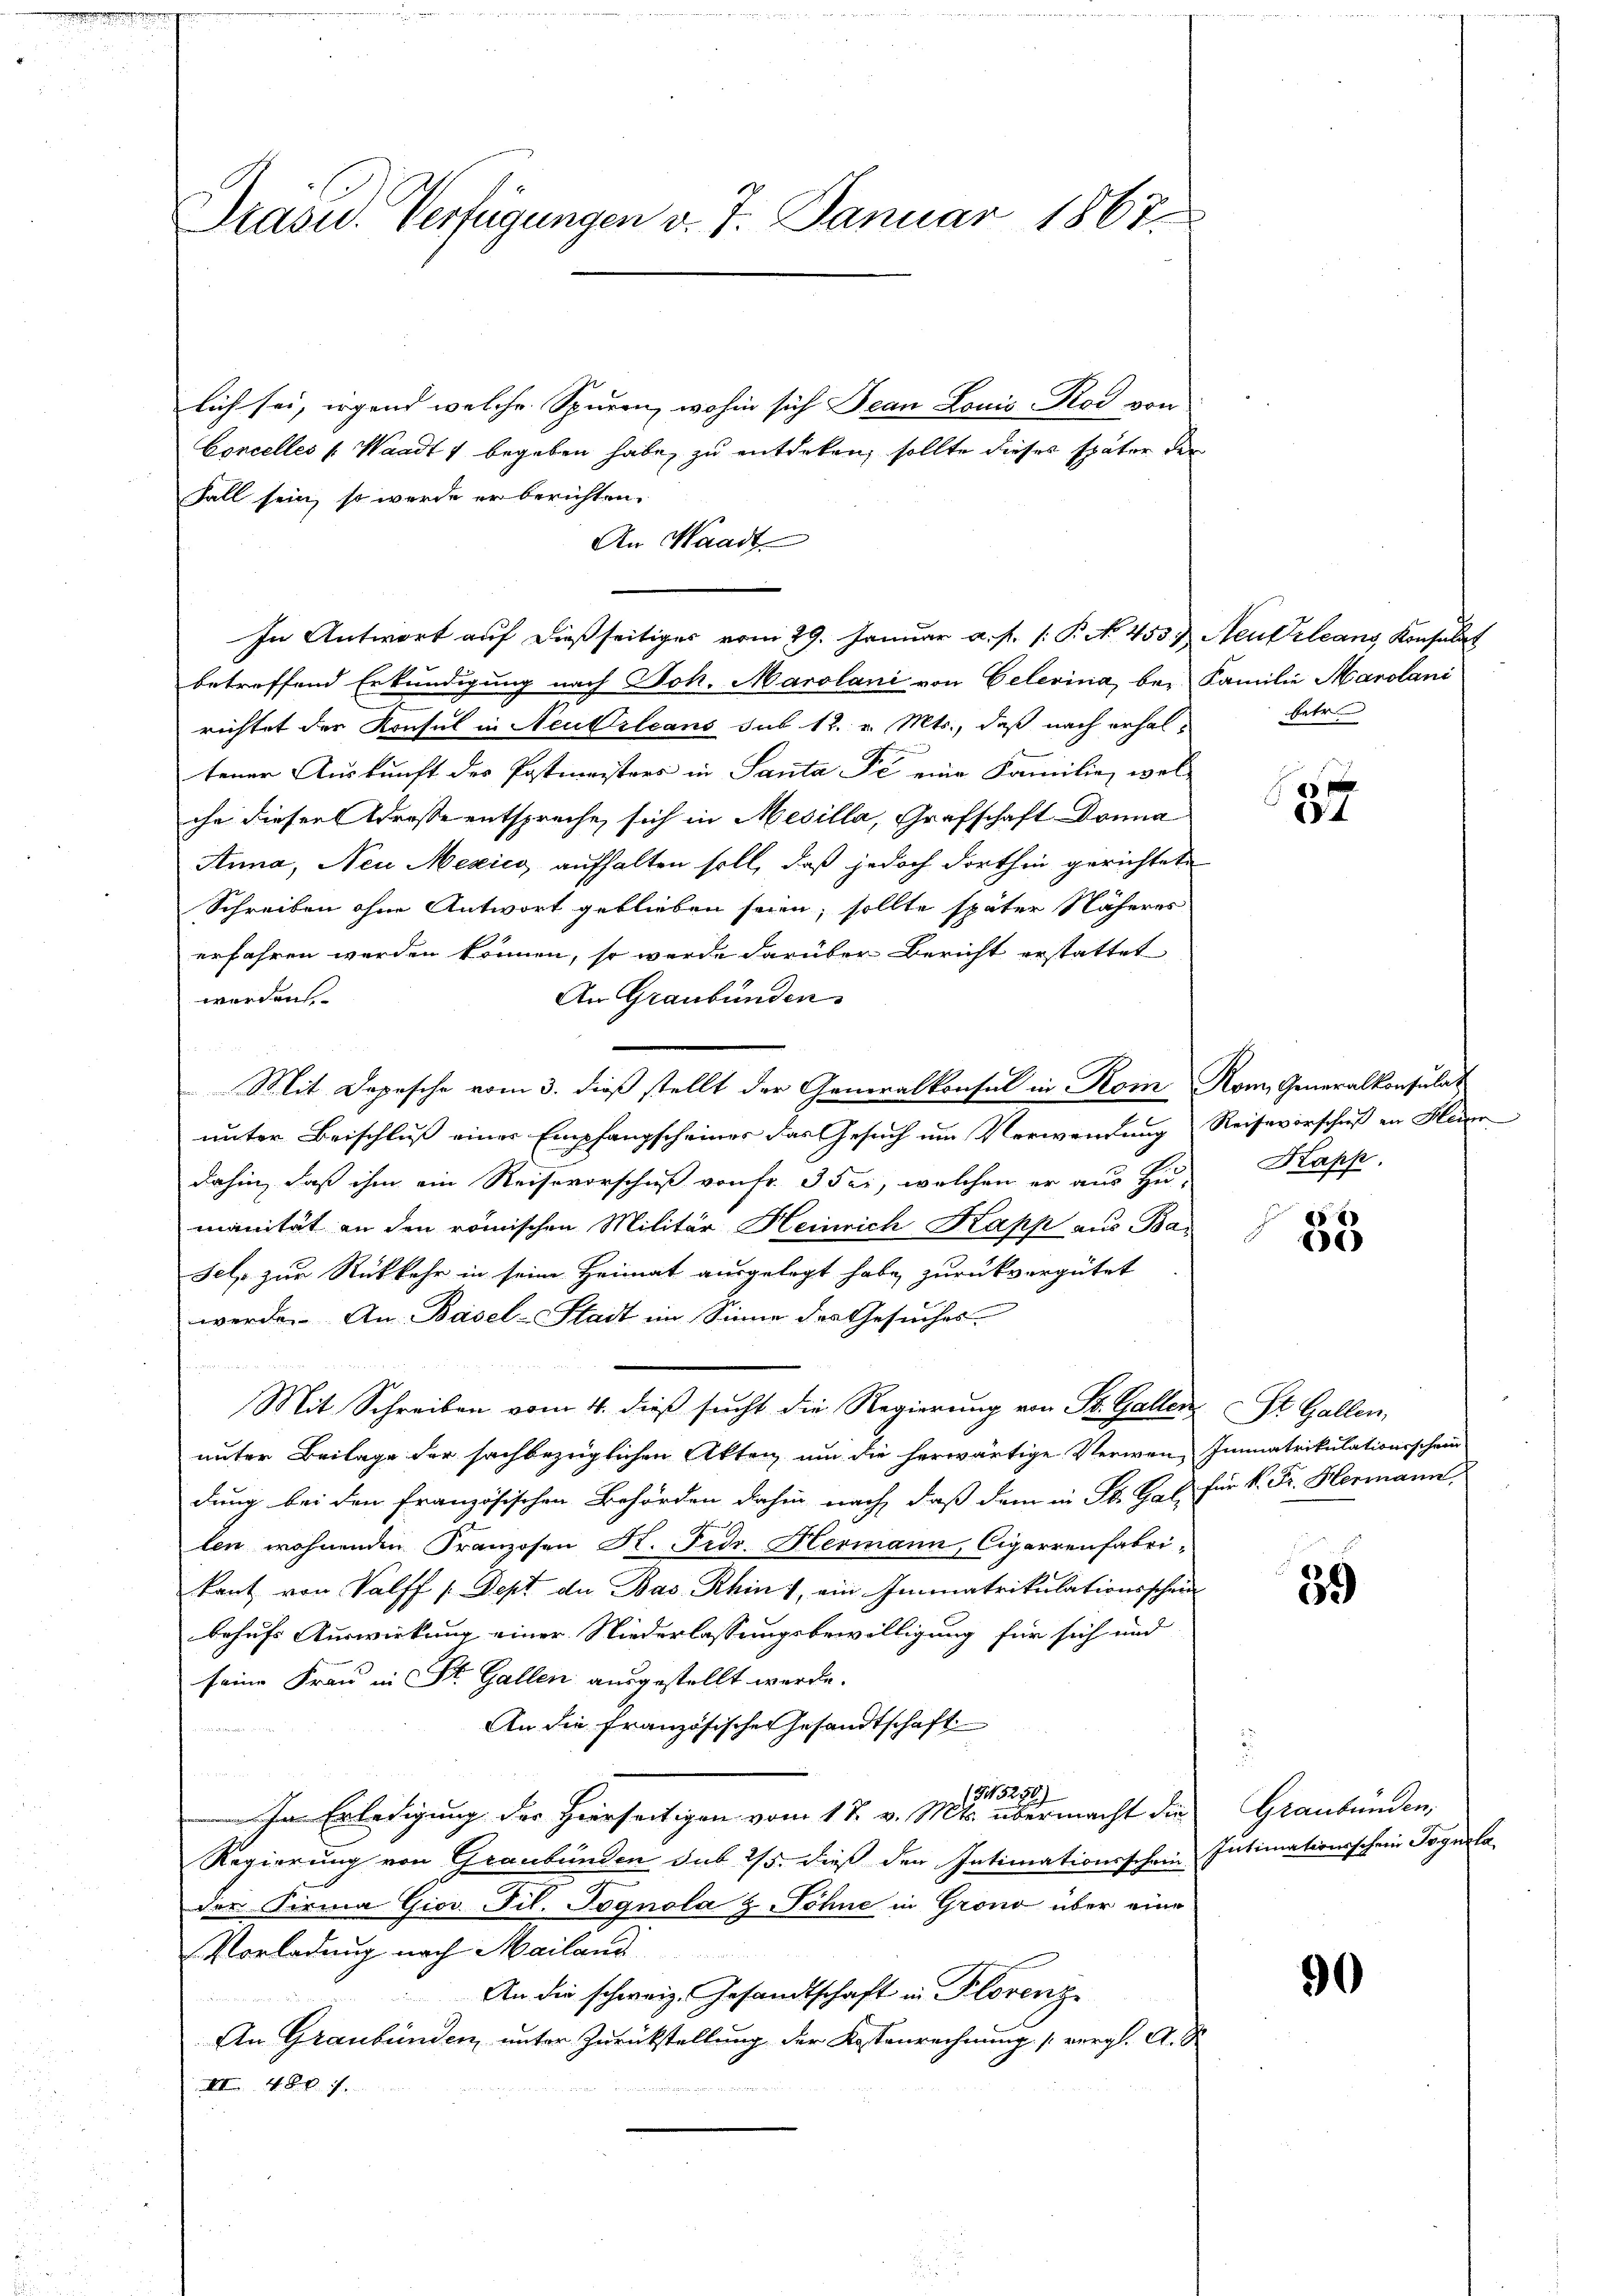
Präsid. Verfügungen v. 7. Januar 1867.

lich sei, irgend welche Spuren, wohin sich Jean Louis-Rod von
Concelles v. Waadt begeben habe, zu entdeken, sollte dieses später der
Fall sein, so werde er berichten.
betreffend Erkundigung nach Joh. Marolani von Celerina, bei Familie Marolani
richtet der Konsul in Neukrleans sub 12. v. Mts., daß nach erhaltener Auskunft des Postmeisters in Santa de eine Familie, wel-
ihe dieser Adresse entspreche sich in Mesilla, Grafschaft Donna
Anna, Neu Mexico aufhalten soll, daß jedoch dorthin gerichtete
Schreiben ohne Antwort geblieben seien, sollte später Näheres
erfahren werden können, so werde darüber Bericht erstattet
werden
An Graubünden.
Mit Depesche vom 3. dieß stellt der Generalkonsul in Rom Rom, Generalkonsulat
unter Beischluß einer Empfangscheines das Gesuch um Verwendung Reisevorschuß in Heinr
dahin, daß ihm ein Reisevorschuß von Fr. 3 sei, welchen er aus Hu Kapp
manität an den römischen Militär Heinrich Kapp aus Ba
sel zur Rückkehr in seine Heimat ausgelegt habe zurückvergütet
werde. An Basel-Stadt im Sinne des Gesuches
Mit Schreiben vom 4. dieß sucht die Regierung von St. Gallen St. Gallen,
unter Beilage der sachbezüglichen Akten um die herwärtige Verwen- Immatrikulationsschein
dung bei den französischen Behörden dahin nach, daß dem in St. Gal für K. Fr. Hormann
ten wohnenden Franzosen K. Frdr. Hermann, Cigarrenfabri-
kant von Salff / Sept de Bas- Rhin), ein Immatrikulationsschein
behufs Auswirkung einer Niederlassungsbewilligung für sich und
seine Frau in St. Gallen ausgestellt werde.
An die französischen Gesandtschaft
(G15250)
Im Erledigung der Hierseitigen vom 17. v. Mts. übermacht die
Regierung von Graubünden sub 25. dieß den Intimationsschein Intimationsschein Tognola,
der Firma Gior. Fil. Pognola & Söhne in Grono über eine
Vorladung nach Mailand
An die schweiz. Gesandtschaft in Florenz
d
An Graubünden unter Zurückstellung der Kostenrechnung vergl. A. S
III 480 f.

An Waadt
In Antwort auf dießseitiges vom 29. Januar a. f. (: P. No. 453. Neutrleans Konsulat

fetr

fx
4

88

39

90

.
Graubünden;